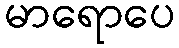
မာရောပေ